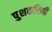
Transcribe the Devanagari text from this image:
पुशकरिनी